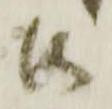
御